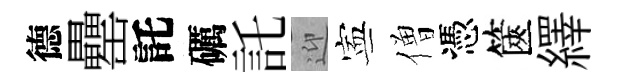
德罍託礪託迎寕僧憑篋繹